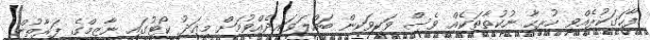
ފާހަގަކުރެއްވި ހުރިހާ ނުކުތާތަކެއް ވެސް ވަކިވަކިން ބައްލަވައިދެއްވުމަށް މިއަދު ކޯޓުގައި ނާޒިމްގެ ފަރާތުން